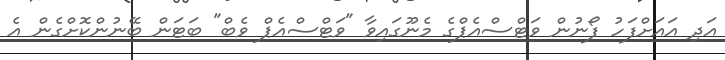
އަދި އައަށްފަހު ފޯނުން ވަޓްސްއެޕްގެ މެނޫގައިވާ "ވަޓްސްއެޕް ވެބް" ބަޓަން ބޭނުންކޮށްގެން އެ